Indian journal of veterinary science and animal husbandry - Volume 6,
Year: 1936
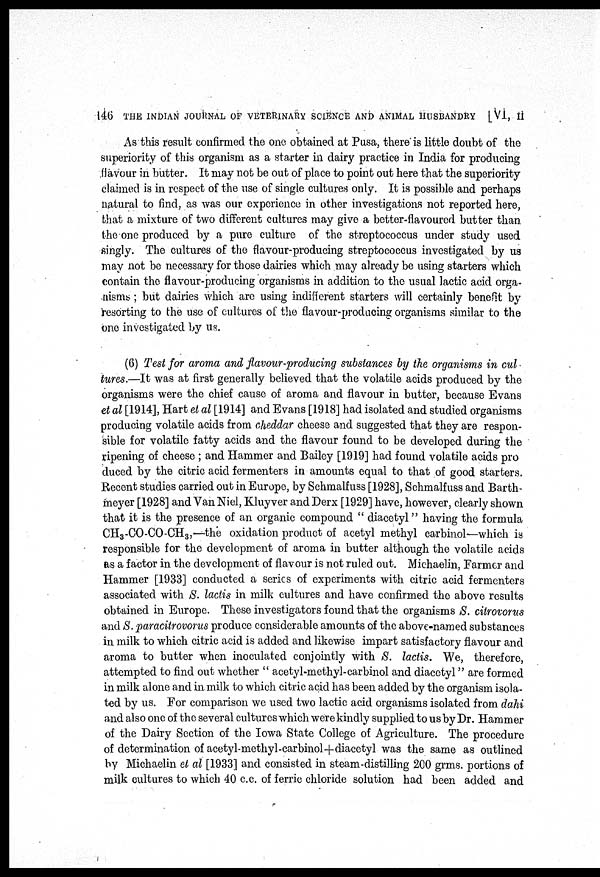
146 THE INDIAN JOURNAL OF VETERINARY SCIENCE AND ANIMAL HUSBANDRY [VI, II
As this result confirmed the one obtained at Pusa, there is little doubt of the
superiority of this organism as a starter in dairy practice in India for producing
flavour in butter. It may not be out of place to point out here that the superiority
claimed is in respect of the use of single cultures only. It is possible and perhaps
natural to find, as was our experience in other investigations not reported here,
that a mixture of two different cultures may give a better-flavoured butter than
the one produced by a pure culture of the streptococcus under study used
singly. The cultures of the flavour-producing streptococcus investigated by us
may not be necessary for those dairies which may already be using starters which
contain the flavour-producing organisms in addition to the usual lactic acid orga-
nisms ; but dairies which are using indifferent starters will certainly benefit by
resorting to the use of cultures of the flavour-producing organisms similar to the
one investigated by us.
(6) Test for aroma and flavour-producing substances by the organisms in cul.
tures.—It was at first generally believed that the volatile acids produced by the
organisms were the chief cause of aroma and flavour in butter, because Evans
et al [1914], Hart et al [1914] and Evans [1918] had isolated and studied organisms
producing volatile acids from cheddar cheese and suggested that they are respon-
sible for volatile fatty acids and the flavour found to be developed during the
ripening of cheese ; and Hammer and Bailey [1919] had found volatile acids pro
duced by the citric acid fermenters in amounts equal to that of good starters.
Recent studies carried out in Europe, by Schmalfuss [1928], Schmalfuss and Barth¬
meyer [1928] and Van Niel, Kluyver and Derx [1929] have, however, clearly shown
that it is the presence of an organic compound " diacetyl" having the formula
CH 3 -CO-CO-CH 3, —the oxidation product of acetyl methyl carbinol—which is
responsible for the development of aroma in butter although the volatile acids
as a factor in the development of flavour is not ruled out. Michaelin, Farmer and
Hammer [1933] conducted a series of experiments with citric acid fermenters
associated with S. lactis in milk cultures and have confirmed the above results
obtained in Europe. These investigators found that the organisms S. citrovorus
and S. paracitrovorus produce considerable amounts of the above-named substances
in milk to which citric acid is added and likewise impart satisfactory flavour and
aroma to butter when inoculated conjointly with S. lactis. We, therefore,
attempted to find out whether " acetyl-methyl-carbinol and diacetyl" are formed
in milk alone and in milk to which citric acid has been added by the organism isola-
ted by us. For comparison we used two lactic acid organisms isolated from dahi
and also one of the several cultures which were kindly supplied to us by Dr. Hammer
of the Dairy Section of the Iowa State College of Agriculture. The procedure
of determination of acetyl-methyl-carbinol+diacetyl was the same as outlined
by Michaelin et al [1933] and consisted in steam-distilling 200 grms. portions of
milk cultures to which 40 c.c. of ferric chloride solution had been added and